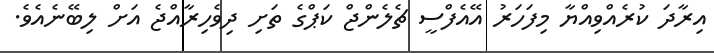
އިރާދަ ކުރެއްވިއްޔާ މިފަހަރު އޭއެފްސީ ޗެލެންޖް ކަޕްގެ ތަށި ދިވެހިރާއްޖެ އަށް ލިބޭނެއެވެ.